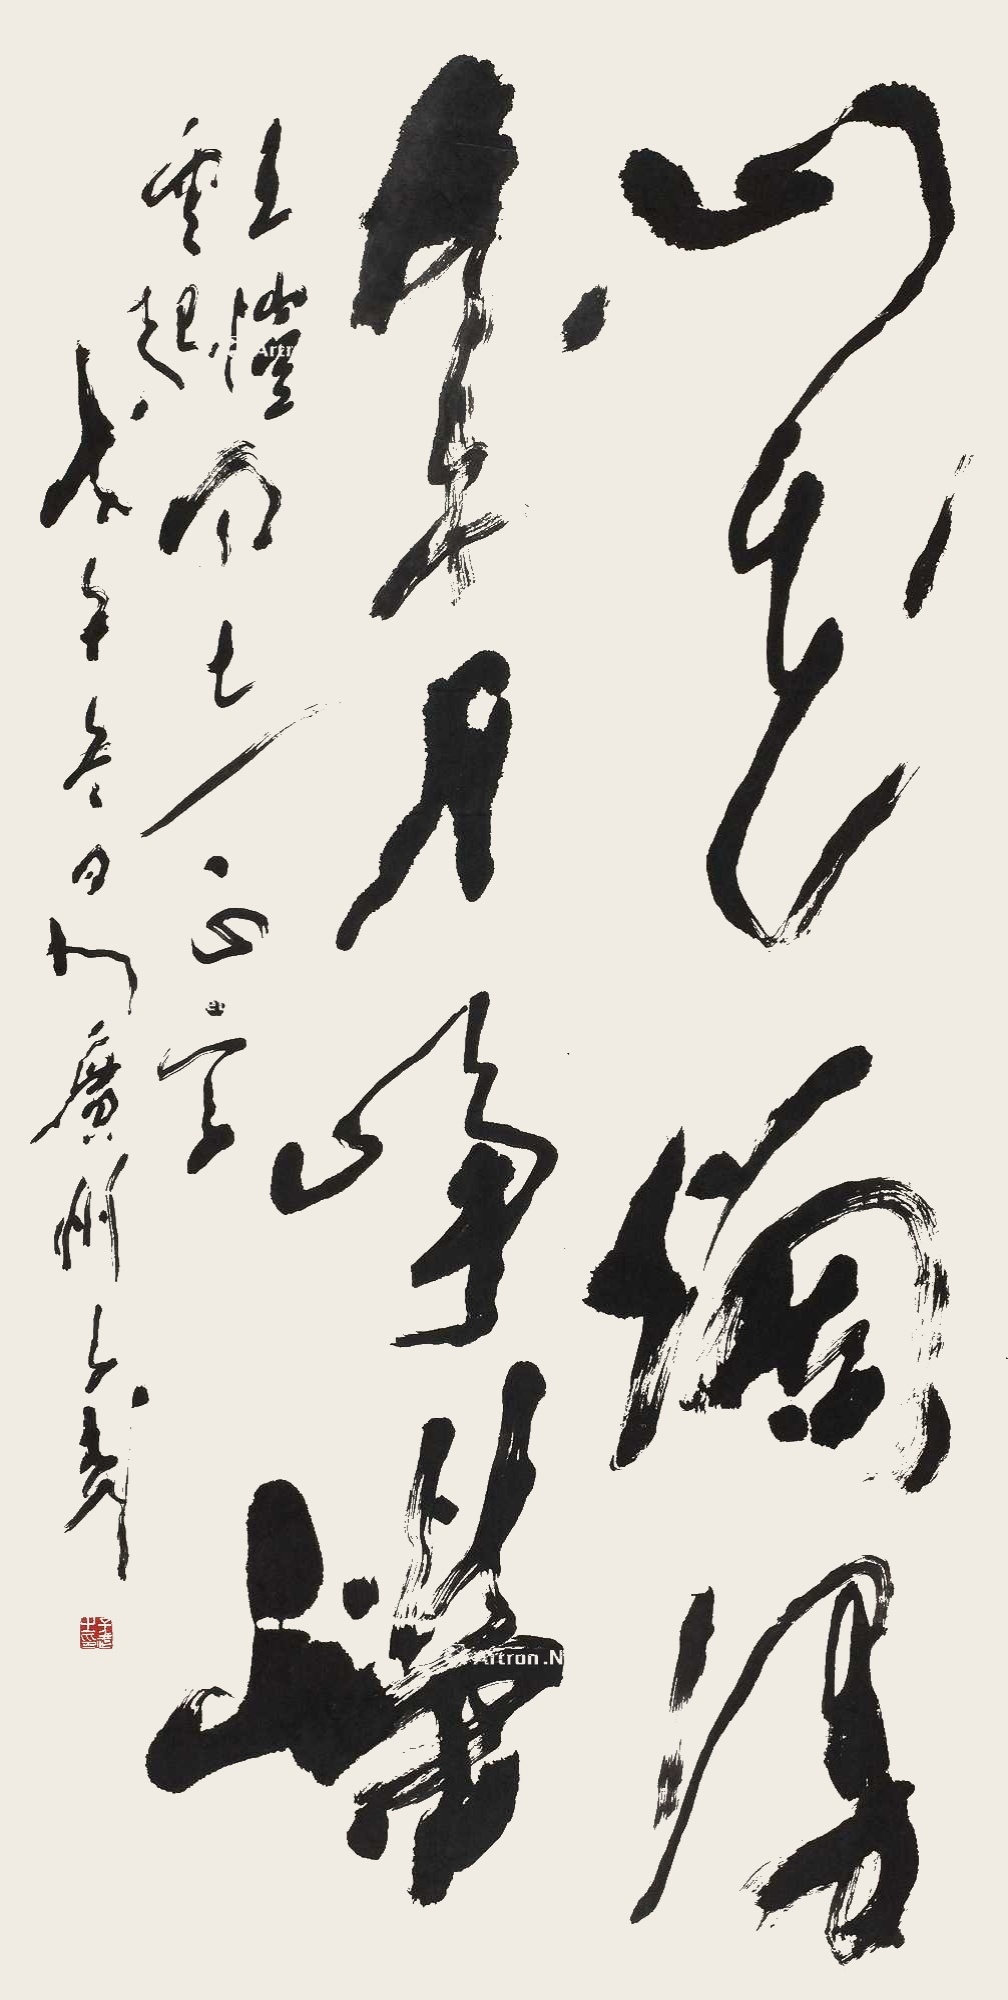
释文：山花烂漫，岁月峥嵘。王恺、云起同志正字。戊午冬日于广州，子武。